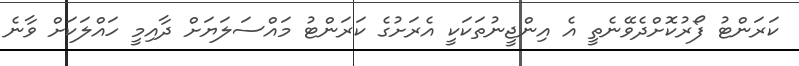
ކަރަންޓު ފޯރުކޮށްދެވޭނެތީ އެ އިންޖީނުތަކަކީ އެރަށުގެ ކަރަންޓު މައްސަލަޔަށް ދާއިމީ ހައްލަކަށް ވާނެ